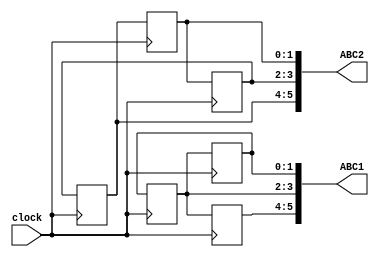
`timescale 1ns / 1ps
//////////////////////////////////////////////////////////////////////////////////
// Company: 
// Engineer: 
// 
// Design Name: 
// Module Name: rotators
// Project Name: 
// Target Devices: 
// Tool Versions: 
// Description: 
// 
// Dependencies: 
// 
// Revision:
// Revision 0.01 - File Created
// Additional Comments:
// 
//////////////////////////////////////////////////////////////////////////////////


module rotators(
    input clock,
    output [5:0] ABC1,
    output [5:0] ABC2
    );

reg [1:0] A1 = 1;
reg [1:0] A2 = 1;
reg [1:0] B1 = 2;
reg [1:0] B2 = 2;
reg [1:0] C1 = 3;
reg [1:0] C2 = 3;

assign ABC1 = {A1, B1, C1};
assign ABC2 = {A2, B2, C2};
    
always @(posedge clock)  
    begin
    A1 = B1;        // the original A1 is lost
    B1 = C1;        // B1 changes to original C1
    C1 = A1;        // C1 changes to original B1 - 2 way alternating
    A2 <= B2;       // A2 comes from B2
    B2 <= C2;       // B2 comes from C2
    C2 <= A2;       // C2 comes from A2 - 3 way rotation
    end  
endmodule